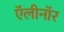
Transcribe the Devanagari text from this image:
ऍलीनॉर